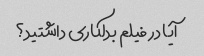
آیا در فیلم بدلکاری داشتید؟